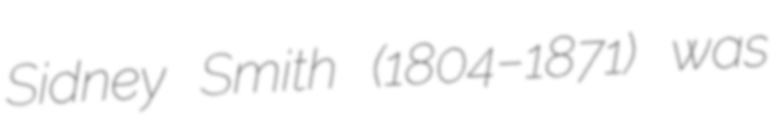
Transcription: Sidney Smith (1804–1871) was